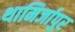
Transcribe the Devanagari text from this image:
थामिर्जापुर